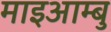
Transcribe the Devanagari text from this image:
माइआम्बु